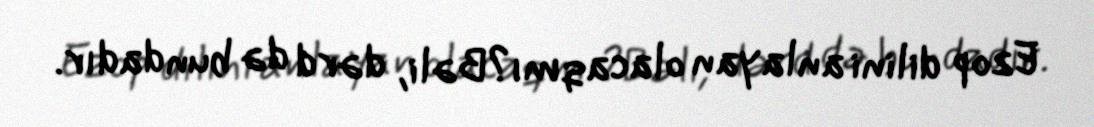
Ezop dilini anlayan olacaqmı?Bəli, dərd də bundadır.